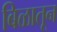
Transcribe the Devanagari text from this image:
बिळातून